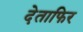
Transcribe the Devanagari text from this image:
देताफिर